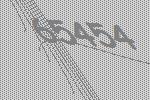
65454